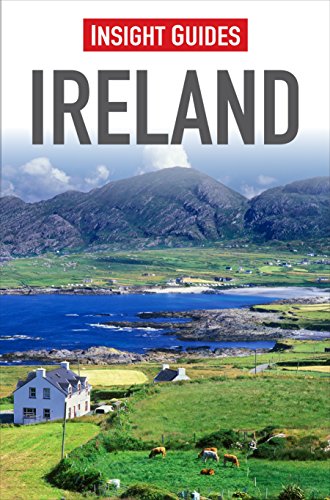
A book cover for Ireland (Insight Guides); Insight Guides; Travel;